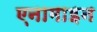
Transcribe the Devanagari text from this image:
एनामाइन